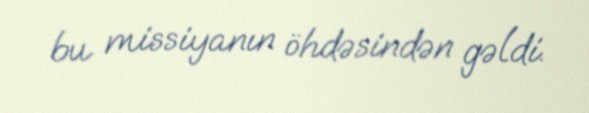
bu missiyanın öhdəsindən gəldi.